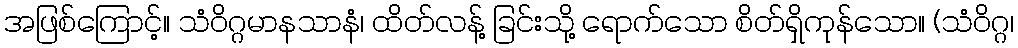
အဖြစ်ကြောင့်။ သံဝိဂ္ဂမာနသာနံ၊ ထိတ်လန့် ခြင်းသို့ ရောက်သော စိတ်ရှိကုန်သော။ (သံဝိဂ္ဂ၊